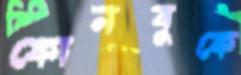
ফোনবুকে